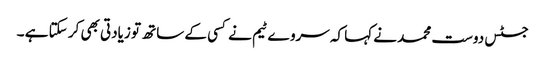
جسٹس دوست محمد نے کہا کہ سروے ٹیم نے کسی کے ساتھ تو زیادتی بھی کر سکتا ہے ۔